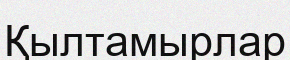
Қылтамырлар